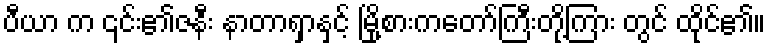
ပီယာ က ၎င်း၏ဇနီး နာတာရှာနှင့် မြို့စားကတော်ကြီးတို့ကြား တွင် ထိုင်၏။